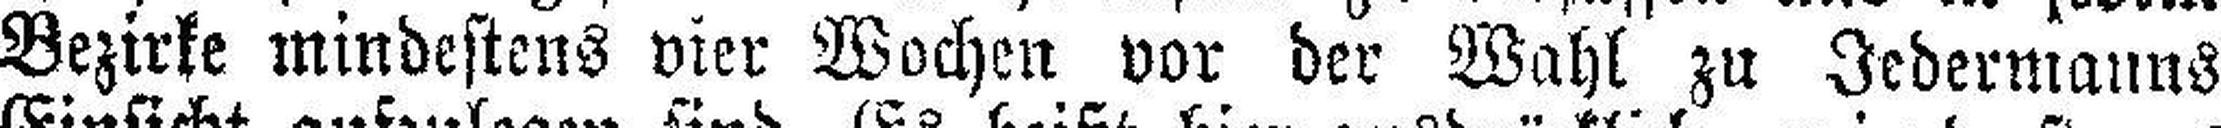
Bezirke mindestens vier Wochen vor der Wahl zu Jedermanns